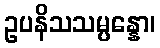
ဥပနိသသမ္ပန္နော၊